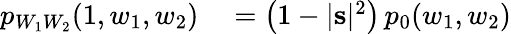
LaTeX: \begin{array}{rl}{p_{W_{1}W_{2}}(1,w_{1},w_{2})}&{{}=\bigl(1-|\mathbf{s}|^{2}\bigr)\, p_{0}(w_{1},w_{2})}\end{array}